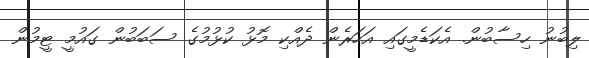
ލިބުނު ހިސާބުން. އެކަޑެމީގައި އަހަރެން ދެއްކި މޮޅު ކުޅުމުގެ ސަބަބުން ގައުމީ ޓީމުން